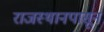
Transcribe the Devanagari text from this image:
राजस्थानपासून